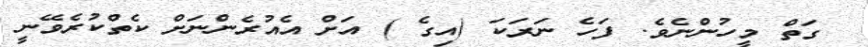
ގަތް މީހުންނެވެ. ފަހެ ނަރަކަ (އިގެ ) އަށް އެއުރެންނަށް ކެތްކުރެވޭނީ